Kominterni_Eesti_sektsioon_Moskvas, lk 28
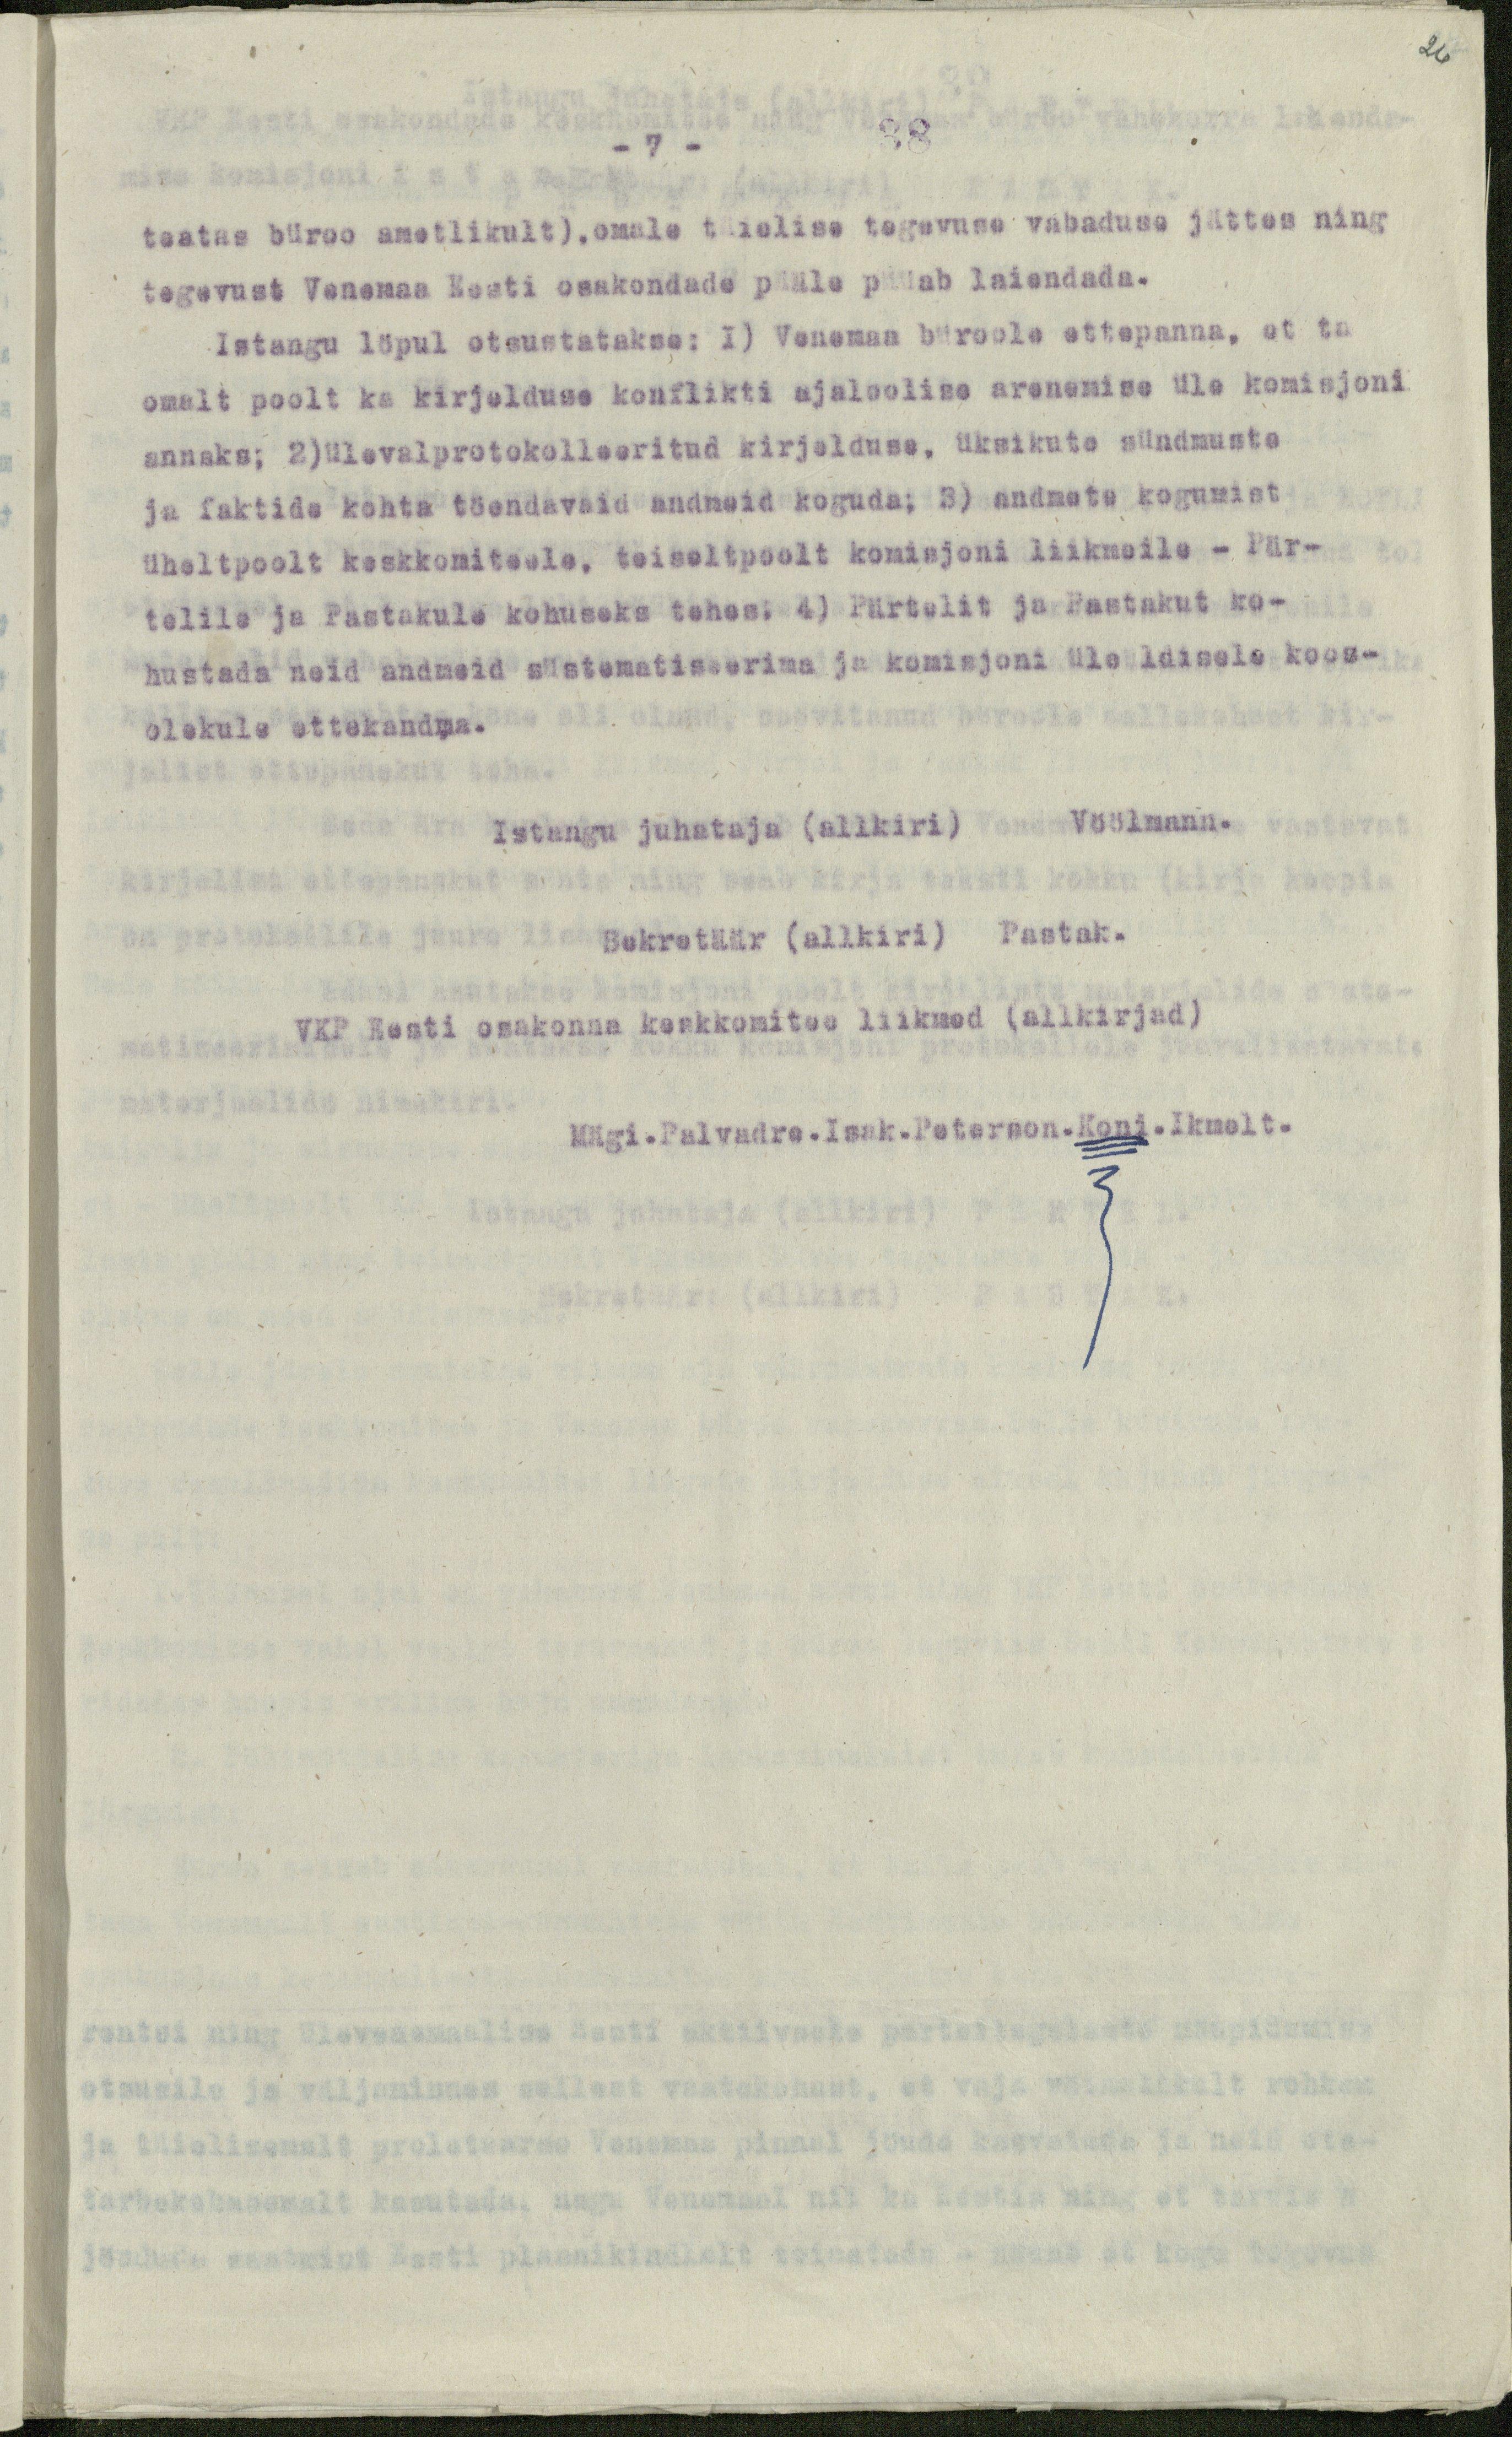
26

- 7 -
teatas büroo ametlikult), omale täielise tegevuse vabaduse jättes ning
tegevust Venemaa Eesti osakondade pääle püüab laiendada.
Istangu löpul otsustatakse: 1) Venemaa büroole ettepanna, et ta
omalt poolt ka kirjelduse konflikti ajaloolise arenemise üle komisjoni
annaks; 2)ülevalprotokolleeritud kirjelduse, üksikute sündmuste
ja faktide kohta töendavaid andmeid koguda; 3) andmete kogumist
üheltpoolt keskkomiteele, teiseltpoolt komisjoni liikmeile - Pär-
telile ja Pastakule kohuseks tehes: 4) Pärtelit ja Pastakut ko-
hustada neid andmeid süstematiseerima ja komisjoni üleüldisele koos-
olekule ettekandma.
Istangu juhataja (allkiri)  Vöölmann.
Sekretäär (allkiri) Pastak.
VKP Eesti osakonna keskkomitee liikmed (allkirjad)
Mägi. Palvadre.Isak.Peterson.Koni.Ikmelt.